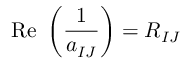
\mathrm { R e } \ \left( { \frac { 1 } { a _ { I J } } } \right) = R _ { I J }